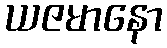
ယဇမာနော